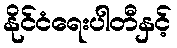
နိုင်ငံရေးပါတီနှင့်